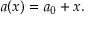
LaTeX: a ( x ) = a _ { 0 } + x . \,